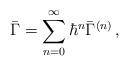
LaTeX: \begin{align*}\bar{\Gamma}=\sum_{n=0}^\infty {\hbar }^n\bar{\Gamma}^{(n)}\, , \end{align*}